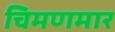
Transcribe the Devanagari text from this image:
चिमणमार